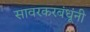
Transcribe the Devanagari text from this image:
सावरकरबंधूंनी